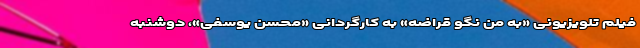
فیلم تلویزیونی «به من نگو قراضه» به کارگردانی «محسن یوسفی»، دوشنبه